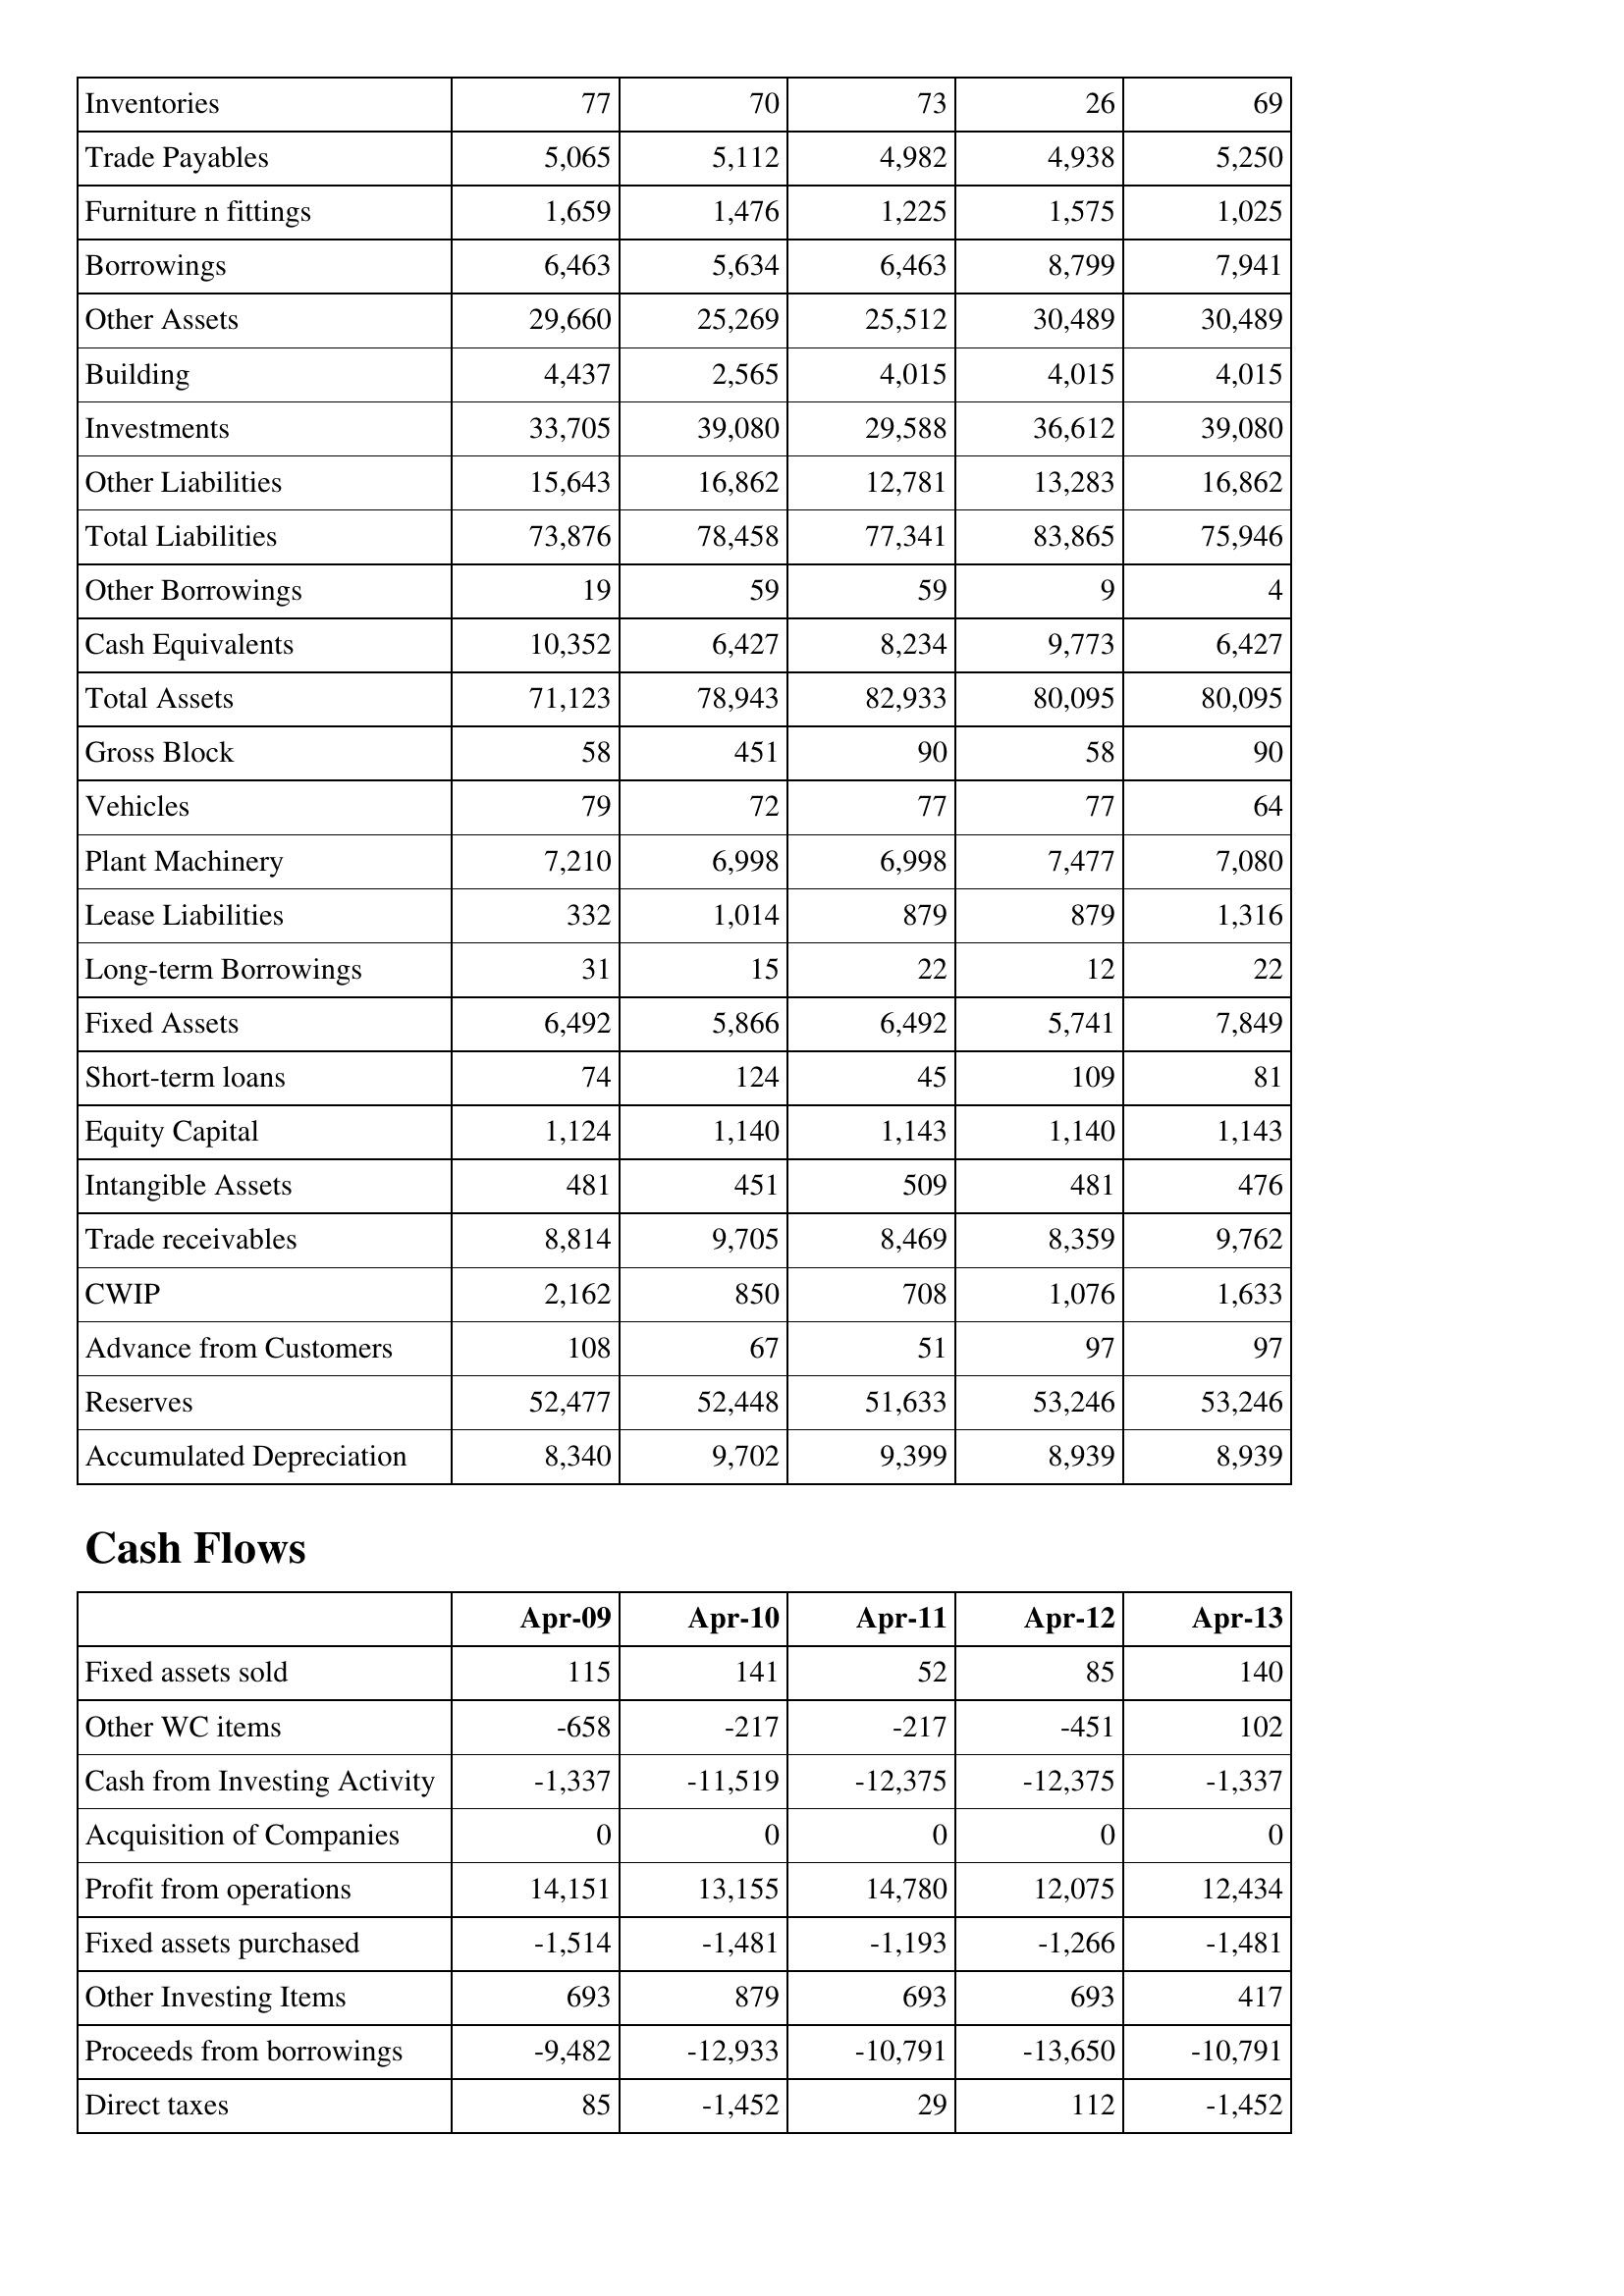
Apr-09: Balance Sheet: Inventories: 77
Trade Payables: 5,065
Furniture n fittings: 1,659
Borrowings: 6,463
Other Assets: 29,660
Building: 4,437
Investments: 33,705
Other Liabilities: 15,643
Total Liabilities: 73,876
Other Borrowings: 19
Cash Equivalents: 10,352
Total Assets: 71,123
Gross Block: 58
Vehicles: 79
Plant Machinery: 7,210
Lease Liabilities: 332
Long-term Borrowings: 31
Fixed Assets: 6,492
Short-term loans: 74
Equity Capital: 1,124
Intangible Assets: 481
Trade receivables: 8,814
CWIP: 2,162
Advance from Customers: 108
Reserves: 52,477
Accumulated Depreciation: 8,340
Cash Flows: Fixed assets sold: 115
Other WC items: -658
Cash from Investing Activity: -1,337
Acquisition of Companies: 0
Profit from operations: 14,151
Fixed assets purchased: -1,514
Other Investing Items: 693
Proceeds from borrowings: -9,482
Direct taxes: 85
Apr-10: Balance Sheet: Inventories: 70
Trade Payables: 5,112
Furniture n fittings: 1,476
Borrowings: 5,634
Other Assets: 25,269
Building: 2,565
Investments: 39,080
Other Liabilities: 16,862
Total Liabilities: 78,458
Other Borrowings: 59
Cash Equivalents: 6,427
Total Assets: 78,943
Gross Block: 451
Vehicles: 72
Plant Machinery: 6,998
Lease Liabilities: 1,014
Long-term Borrowings: 15
Fixed Assets: 5,866
Short-term loans: 124
Equity Capital: 1,140
Intangible Assets: 451
Trade receivables: 9,705
CWIP: 850
Advance from Customers: 67
Reserves: 52,448
Accumulated Depreciation: 9,702
Cash Flows: Fixed assets sold: 141
Other WC items: -217
Cash from Investing Activity: -11,519
Acquisition of Companies: 0
Profit from operations: 13,155
Fixed assets purchased: -1,481
Other Investing Items: 879
Proceeds from borrowings: -12,933
Direct taxes: -1,452
Apr-11: Balance Sheet: Inventories: 73
Trade Payables: 4,982
Furniture n fittings: 1,225
Borrowings: 6,463
Other Assets: 25,512
Building: 4,015
Investments: 29,588
Other Liabilities: 12,781
Total Liabilities: 77,341
Other Borrowings: 59
Cash Equivalents: 8,234
Total Assets: 82,933
Gross Block: 90
Vehicles: 77
Plant Machinery: 6,998
Lease Liabilities: 879
Long-term Borrowings: 22
Fixed Assets: 6,492
Short-term loans: 45
Equity Capital: 1,143
Intangible Assets: 509
Trade receivables: 8,469
CWIP: 708
Advance from Customers: 51
Reserves: 51,633
Accumulated Depreciation: 9,399
Cash Flows: Fixed assets sold: 52
Other WC items: -217
Cash from Investing Activity: -12,375
Acquisition of Companies: 0
Profit from operations: 14,780
Fixed assets purchased: -1,193
Other Investing Items: 693
Proceeds from borrowings: -10,791
Direct taxes: 29
Apr-12: Balance Sheet: Inventories: 26
Trade Payables: 4,938
Furniture n fittings: 1,575
Borrowings: 8,799
Other Assets: 30,489
Building: 4,015
Investments: 36,612
Other Liabilities: 13,283
Total Liabilities: 83,865
Other Borrowings: 9
Cash Equivalents: 9,773
Total Assets: 80,095
Gross Block: 58
Vehicles: 77
Plant Machinery: 7,477
Lease Liabilities: 879
Long-term Borrowings: 12
Fixed Assets: 5,741
Short-term loans: 109
Equity Capital: 1,140
Intangible Assets: 481
Trade receivables: 8,359
CWIP: 1,076
Advance from Customers: 97
Reserves: 53,246
Accumulated Depreciation: 8,939
Cash Flows: Fixed assets sold: 85
Other WC items: -451
Cash from Investing Activity: -12,375
Acquisition of Companies: 0
Profit from operations: 12,075
Fixed assets purchased: -1,266
Other Investing Items: 693
Proceeds from borrowings: -13,650
Direct taxes: 112
Apr-13: Balance Sheet: Inventories: 69
Trade Payables: 5,250
Furniture n fittings: 1,025
Borrowings: 7,941
Other Assets: 30,489
Building: 4,015
Investments: 39,080
Other Liabilities: 16,862
Total Liabilities: 75,946
Other Borrowings: 4
Cash Equivalents: 6,427
Total Assets: 80,095
Gross Block: 90
Vehicles: 64
Plant Machinery: 7,080
Lease Liabilities: 1,316
Long-term Borrowings: 22
Fixed Assets: 7,849
Short-term loans: 81
Equity Capital: 1,143
Intangible Assets: 476
Trade receivables: 9,762
CWIP: 1,633
Advance from Customers: 97
Reserves: 53,246
Accumulated Depreciation: 8,939
Cash Flows: Fixed assets sold: 140
Other WC items: 102
Cash from Investing Activity: -1,337
Acquisition of Companies: 0
Profit from operations: 12,434
Fixed assets purchased: -1,481
Other Investing Items: 417
Proceeds from borrowings: -10,791
Direct taxes: -1,452